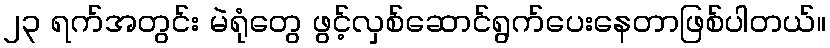
၂၃ ရက်အတွင်း မဲရုံတွေ ဖွင့်လှစ်ဆောင်ရွက်ပေးနေတာဖြစ်ပါတယ်။